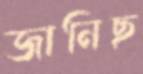
জানিছ